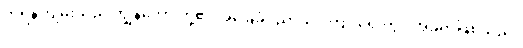
ကိုရန်ကျမ်းသည် ကျွန်တော် တို့၏ အခြေခံပညာသင်ကြားရေးတွင် အခရာဖြစ်သည်။